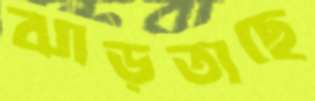
ঝাড়তাছে